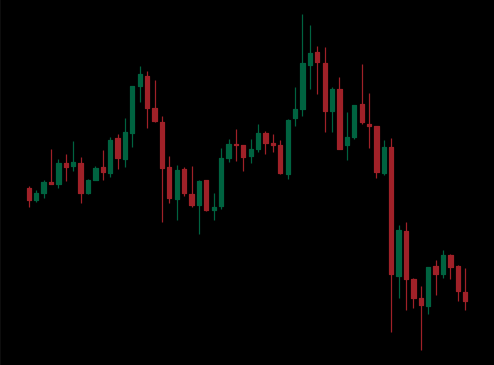
Pattern: unclassified